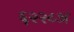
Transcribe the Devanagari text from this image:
६२२८अ